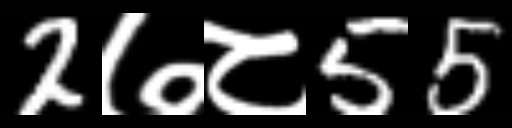
Text: 2७८55